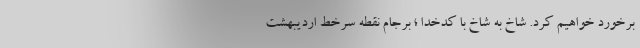
برخورد خواهیم کرد. شاخ به شاخ با كدخدا ؛ برجام نقطه سرخط ارديبهشت